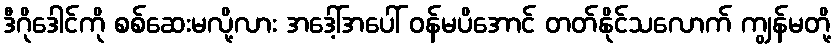
ဒီဂိုဒေါင်ကို စစ်ဆေးမလို့လား အဒေါ့်အပေါ် ဝန်မပိအောင် တတ်နိုင်သလောက် ကျွန်မတို့